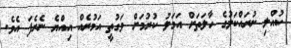
ކުއްލި ނުރައްކަލުގެ ހާލަތަށް އަމަލު ކުރުމަށް ވަގުތީ އަމުރެއް އިއްޔެ ނެރެފަ އެވެ.